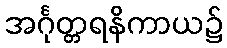
အင်္ဂုတ္တရနိကာယ၌